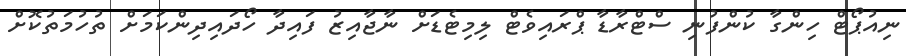
ނިއުޕޯޓް ހިންގާ ކުންފުނި ސްޓްރާޑާ ޕްރައިވެޓް ލިމިޓެޑަށް ނާޖާއިޒު ފައިދާ ހޯދައިދިންކަމަށް ތުހުމަތުކޮށް